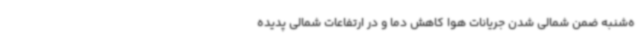
ه‌شنبه ضمن شمالی شدن جریانات هوا کاهش دما و در ارتفاعات شمالی پدیده